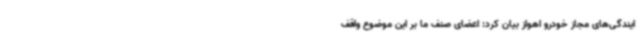
ایندگی‌های مجاز خودرو اهواز بیان کرد: اعضای صنف ما بر این موضوع واقف